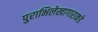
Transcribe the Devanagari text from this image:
पुराभिलेखागाराकडे